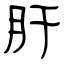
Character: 肝